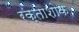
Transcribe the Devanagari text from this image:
रक्ताशोक